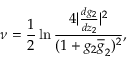
\nu = \frac { 1 } { 2 } \ln \frac { 4 | \frac { d g _ { 2 } } { d z _ { 2 } } | ^ { 2 } } { ( 1 + g _ { 2 } \overline { { { g } } } _ { 2 } ) ^ { 2 } } ,